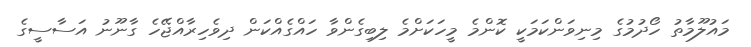
މައުލޫމާތު ހޯދުމުގެ މިނިވަންކަމަކީ ކޮންމެ މީހަކަށްމެ ލިބިގެންވާ ހައްގެއްކަން ދިވެހިރާއްޖޭހެ ގާނޫނު އަސާސީގެ